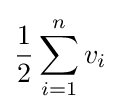
{\frac {1}{2}}\sum _{i=1}^{n}v_{i}